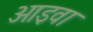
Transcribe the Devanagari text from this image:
आइवा